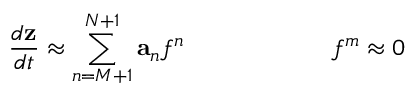
\, \frac { d \mathbf { z } } { d t } \approx \sum _ { n = M + 1 } ^ { N + 1 } \mathbf { a } _ { n } f ^ { n } \hfill \qquad \qquad \qquad f ^ { m } \approx 0